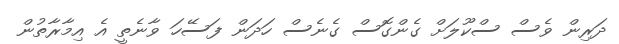
ދަރިން ވެސް ސްކޫލަށް ގެންގޮސް ގެނެސް ހަދަން ފަސޭހަ ވާނެތީ އެ އިމާރާތުން